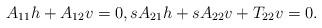
LaTeX: \begin{align*}A_{11}h+A_{12}v=0,sA_{21}h+sA_{22}v+T_{22}v=0.\end{align*}